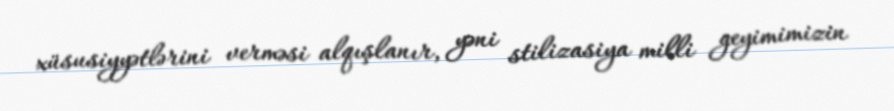
xüsusiyyətlərini verməsi alqışlanır, yəni stilizasiya milli geyimimizin